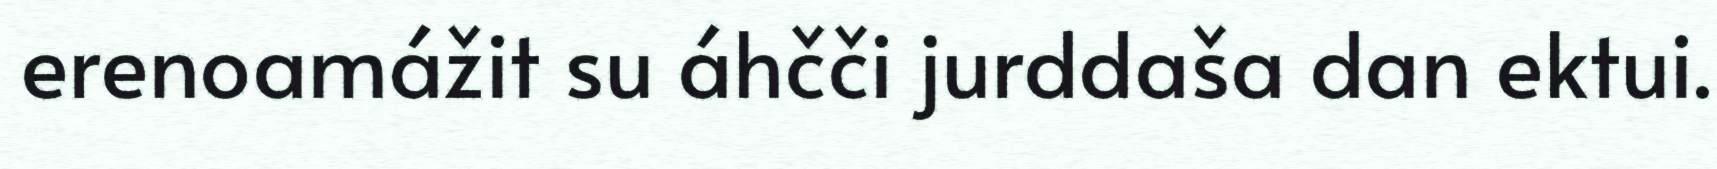
erenoamážit su áhčči jurddaša dan ektui.